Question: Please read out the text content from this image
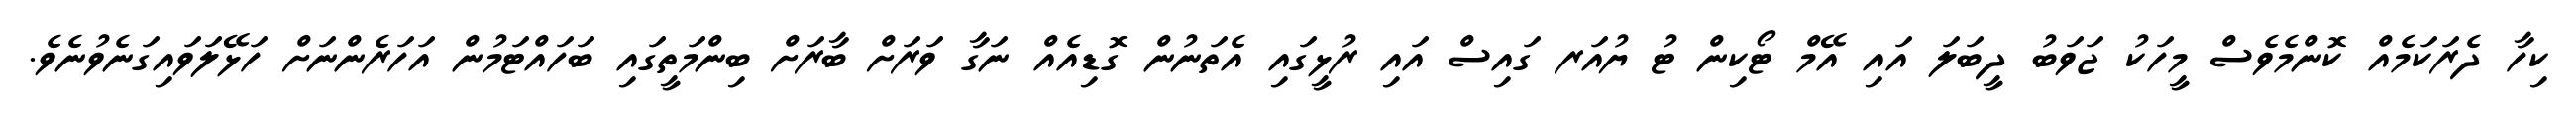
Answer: ކިހާ ދެރަކަމެއް ކޮންމެވެސް މީހަކު ޖަވަބު ދީބަލަ އައި އޭމް ޓޯކިން ޓު ޔުއަރ ގައިސް އައި ރުޅީގައި އެތަނުން ގޮޑިއެއް ނަގާ ވަރަށް ބާރަށް ބިންމަތީގައި ބަހައްޓަމުން އަހަރެންނަށް ހަޅޭލަވައިގަނެވުނެވެ.